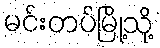
မင်းတပ်မြို့သို့